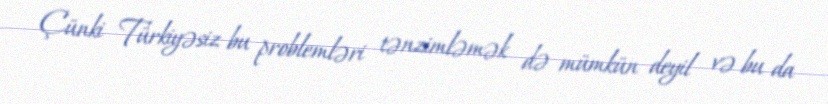
Çünki Türkiyəsiz bu problemləri tənzimləmək də mümkün deyil və bu da